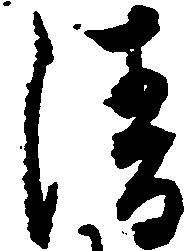
清